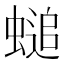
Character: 𧏴